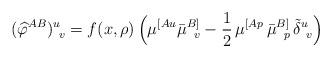
LaTeX: \begin{align*}({\widehat\varphi}^{AB})^u_{~v}=f(x,\rho)\,\Big(\mu^{[Au}\bar\mu^{B]}_{~\,v}-\frac{1}{2}\,\mu^{[Ap}\,\bar\mu^{B]}_{~\,p}\,\tilde\delta^u_{~v}\Big)\end{align*}